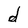
Character: d